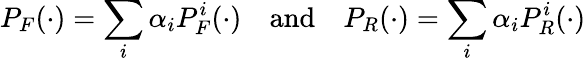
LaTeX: P_{F}(\cdot)=\sum_{i}\alpha_{i}P_{F}^{i}(\cdot)\quad\mathrm{and}\quad P_{R}(\cdot)=\sum_{i}\alpha_{i}P_{R}^{i}(\cdot)